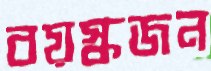
বয়স্কজন